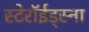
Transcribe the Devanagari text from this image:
स्टेरॉईड्स्ना